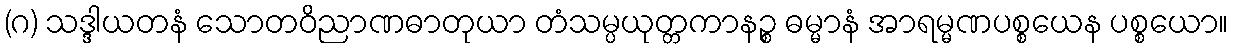
(ဂ) သဒ္ဒါယတနံ သောတဝိညာဏဓာတုယာ တံသမ္ပယုတ္တကာနဉ္စ ဓမ္မာနံ အာရမ္မဏပစ္စယေန ပစ္စယော။